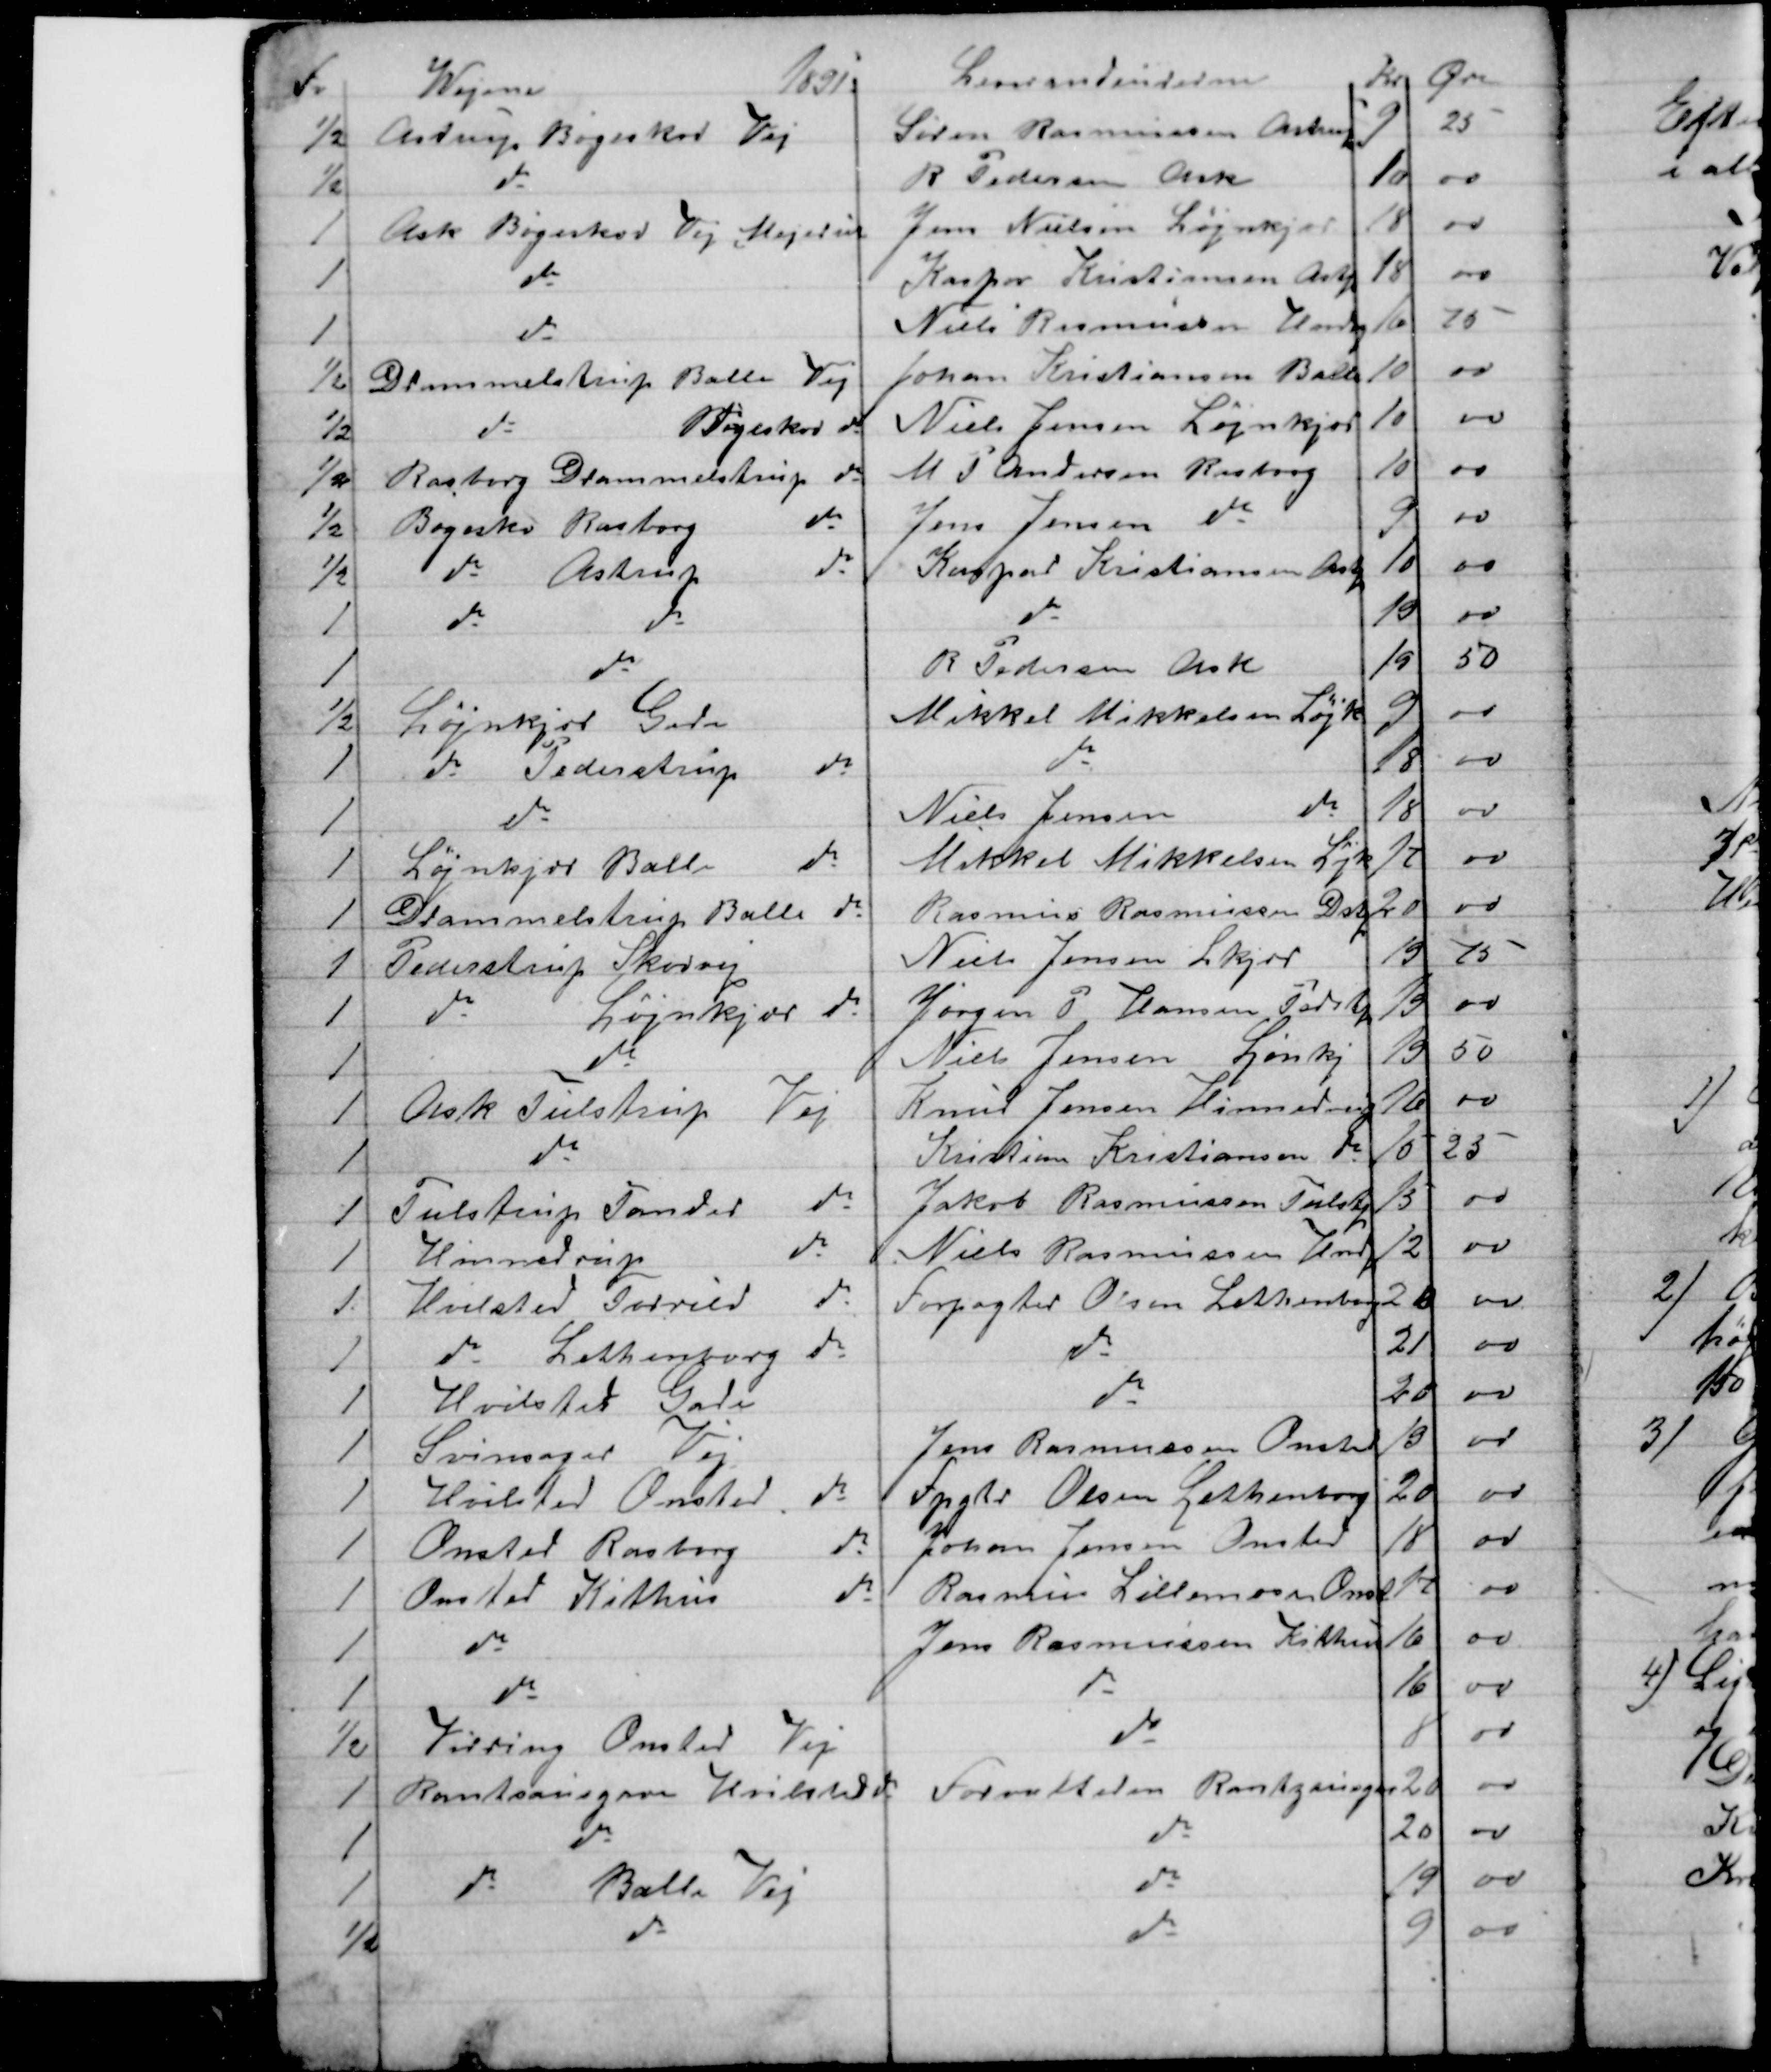
Transskription:
Fv.
Wejene
1891.
Leverendeurerne
Kr Øre
½
Astrup Bøgeskov Vej
Søren Rasmussen Astrup
9
25
½
do
R Pedersen Ask
10
00
1
Ask Bøgeskov Vej Mejeriet
Jens Nielsen Løjnkjær
18
00
1
do
Kaspar Kristiansen Astp
18
00
1
do
Niels Rasmussen Hindrp
16
75
½
Drammelstrup Balle Vej
Johan Kristiansen Balle 
10
00
½
do 
Bøgeskov do
Niels Jensen Løjnkjær
10
00
½
Rasborg Drammelstrup do
M P Andersen Rasborg
10
00
½
Bøgeskov Rasborg 
do
Jens Jensen do
9
00
½
do 
Astrup 
do
Kaspar Kristiansen Astp
10
00
1
do 
do
do
19
00
1
do
R Pedersen Ask
19
50
½
Løjnkjær Gade
Mikkel Mikkelsen Løjk
9
00
1
do Pederstrup  
do
do
18
00
1
do
Niels Jensen
do
18
00
1
Løjnkjær Balle 
do
Mikkel Mikkelsen Løjk
17
00
1
Drammelstrup Balle do
Rasmus Rasmussen Dstp.
20
00
1
Pederstrup Skovvej
Niels Jensen Lkjær
19
75
1
do 
Løjnkjær do
Jørgen P Hansen Pedstp
19
00
1
do
Niels Jensen Ljønkj
19
50
1
Ask Tulstrup Vej
Knud Jensen Hinnedrup
16
00
1
do
Kristian Kristiansen do
15
25
1
Tulstrup Tander 
do
Jakob Rasmussen Tulstp
15
00
1
Hinnedrup 
do
Niels Rasmussen Hndp
12
00
1.
Hvilsted Torrild 
do
Forpagter Olsen Lethenborg
20
00
1
do Lethenborg do
do
21
00
1
Hvilsted Gade
do
20
00
1
Svinsager Vej
Jens Rasmussen Onsted
19
00
1
Hvilsted Onsted do
Fpgtr Olsen Lethenborg
20
00
1
Onsted Rasborg 
do
Johan Jensen Onsted
18
00
1
Onsted Kithus 
do
Rasmus Lillemose Onst
17
00
1
do
Jens Rasmussen Kithus
16
00
1
do
do
16 
00
½
Virring Onsted Vej
do
8
00
1
Rantzausgave Hvilsted do
Forvalteren Rantzausgave
20
00
1
do
do
20
00
1
do 
Balle Vej
do
19
00
½
do
do
9
00